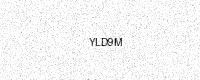
Text: YLD9M